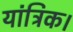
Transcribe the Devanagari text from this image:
यांत्रिक।